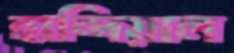
হান্দিয়াল